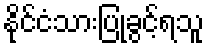
နိုင်ငံသားပြုခွင့်ရသူ